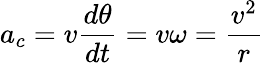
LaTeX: a_{c}=v{\frac{d\theta}{dt}}=v\omega={\frac{v^{2}}{r}}